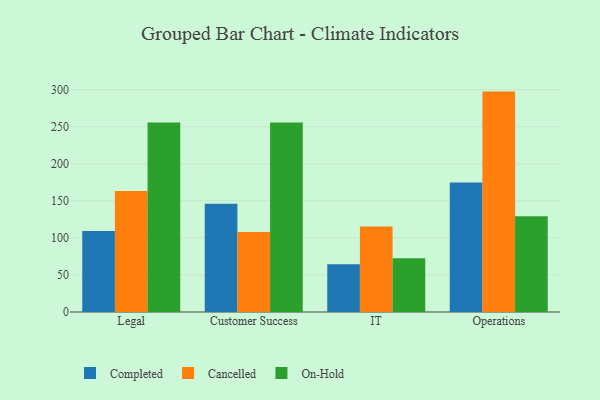
{"axis": {"x": "Department", "y": "LTV (USD)"}, "legend": ["Cancelled", "Completed", "On-Hold"], "data": [{"x": "Legal", "y": 109.4, "type": "Completed"}, {"x": "Legal", "y": 163.3, "type": "Cancelled"}, {"x": "Legal", "y": 255.9, "type": "On-Hold"}, {"x": "Customer Success", "y": 146.1, "type": "Completed"}, {"x": "Customer Success", "y": 108.0, "type": "Cancelled"}, {"x": "Customer Success", "y": 255.9, "type": "On-Hold"}, {"x": "IT", "y": 64.4, "type": "Completed"}, {"x": "IT", "y": 115.3, "type": "Cancelled"}, {"x": "IT", "y": 72.7, "type": "On-Hold"}, {"x": "Operations", "y": 174.8, "type": "Completed"}, {"x": "Operations", "y": 297.5, "type": "Cancelled"}, {"x": "Operations", "y": 129.3, "type": "On-Hold"}]}